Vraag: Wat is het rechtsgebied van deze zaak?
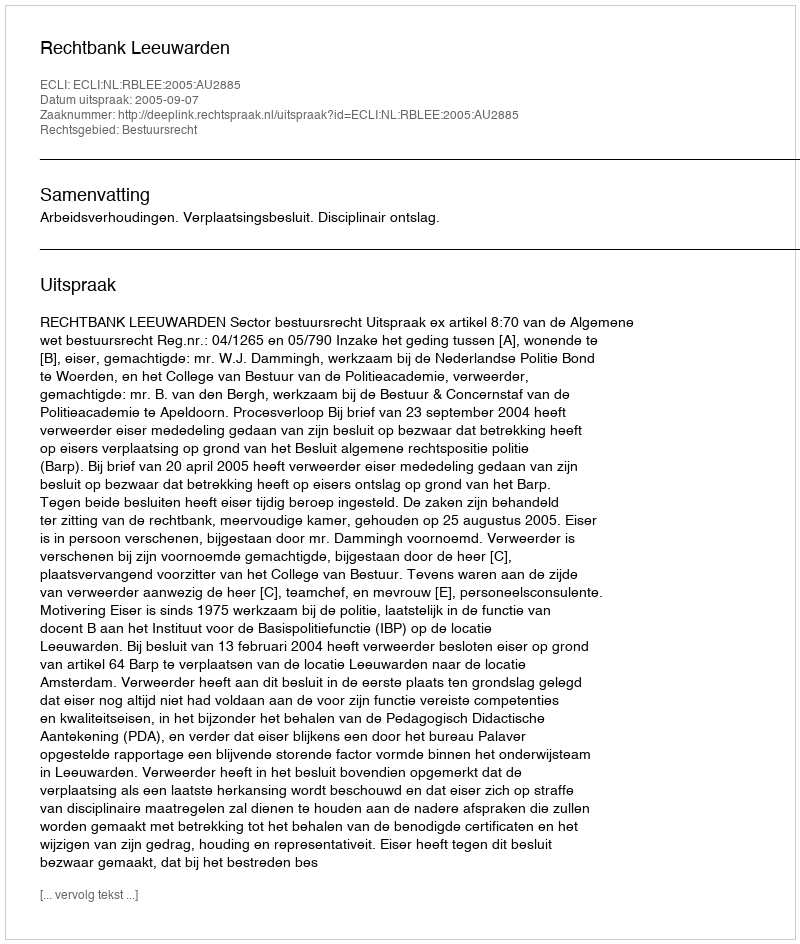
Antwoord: Bestuursrecht